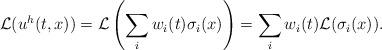
LaTeX: \begin{align*}\mathcal{L}(u^h(t,x))=\mathcal{L}\left(\sum_i w_i(t)\sigma_i(x)\right)= \sum_i w_i(t)\mathcal{L}(\sigma_i(x)).\end{align*}